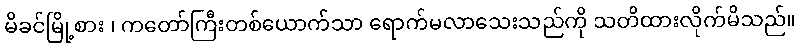
မိခင်မြို့စား ၊ ကတော်ကြီးတစ်ယောက်သာ ရောက်မလာသေးသည်ကို သတိထားလိုက်မိသည်။